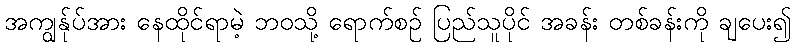
အကျွန်ုပ်အား နေထိုင်ရာမဲ့ ဘဝသို့ ရောက်စဉ် ပြည်သူပိုင် အခန်း တစ်ခန်းကို ချပေး၍